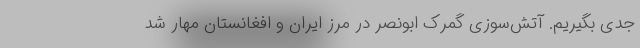
جدی بگیریم. آتش‌سوزی گمرک ابونصر در مرز ایران و افغانستان مهار شد